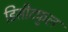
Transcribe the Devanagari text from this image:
डिसीटफुल